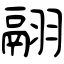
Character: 翮